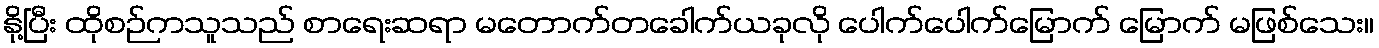
နို့ပြီး ထိုစဉ်ကသူသည် စာရေးဆရာ မတောက်တခေါက်ယခုလို ပေါက်ပေါက်မြောက် မြောက် မဖြစ်သေး။